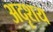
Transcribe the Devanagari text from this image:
अदृशय